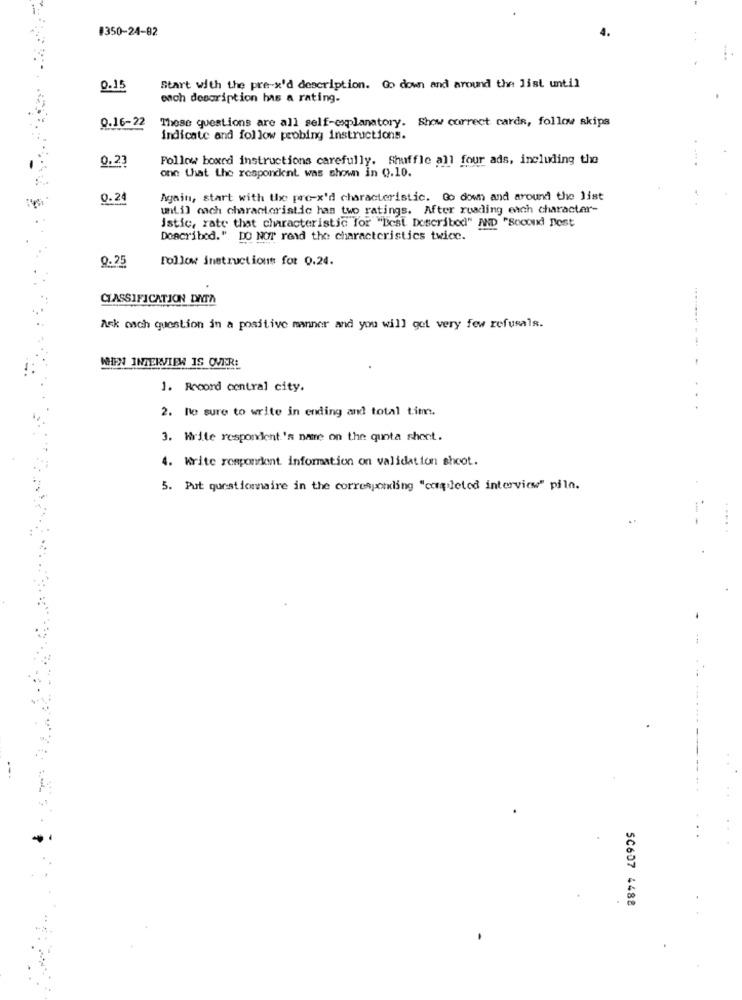
#350-24-82
0.15
Start with the pre-x'd description. Go down and around the list until
och description has a rating-
0.16-22
These questions are all self-explanatory. Show correct cards, follow skips
indicate and follow probing instructions.
0.23
Follow boxed instructions carefully. Shuffle all four ads, including the
one that the respondent was shown in Q.10.
0.24
Again, start with the pro-x'd characteristic. Go down and around the list
until cach characteristic has two ratings. After reading each character-
istic, rate that characteristic for "Best Described" AND "Second Post
Described." DO NOT read the characteristics twice.
0.25
Follow instructions for 0.24.
CLASSIFICATION DATA
Ask osch question in a positive manner and you will get very few refusala.
WHEN INTERVIEW IS OVER:
1. Record central city.
2. Be sure to write in ending and total timm.
3. Write respondent's name on the quota sheet.
4. Write respondent information on validation shoot.
5. Put questionnaire in the corresponding "completed interview" piln.
SC607 4488